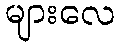
များလေ